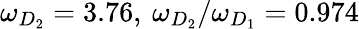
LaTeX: \omega_{D_{2}}=3.76,\: \omega_{D_{2}}/\omega_{D_{1}}=0.974